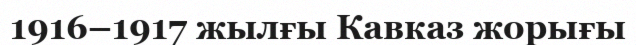
1916–1917 жылғы Кавказ жорығы